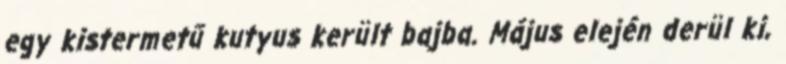
egy kistermetű kutyus került bajba. Május elején derül ki,